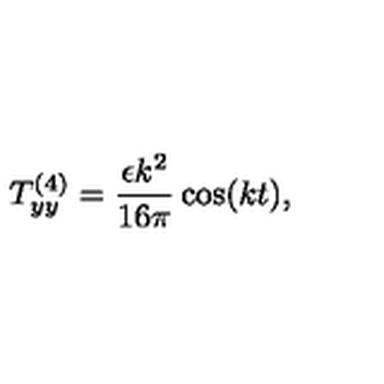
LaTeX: T _ { y y } ^ { ( 4 ) } = \frac { \epsilon k ^ { 2 } } { 1 6 \pi } \cos ( k t ) ,